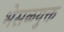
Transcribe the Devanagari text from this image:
भेसळयुक्त